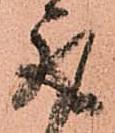
取